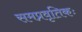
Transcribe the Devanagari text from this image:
समप्रवृतिकः